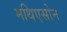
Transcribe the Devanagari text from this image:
मथिएसोन